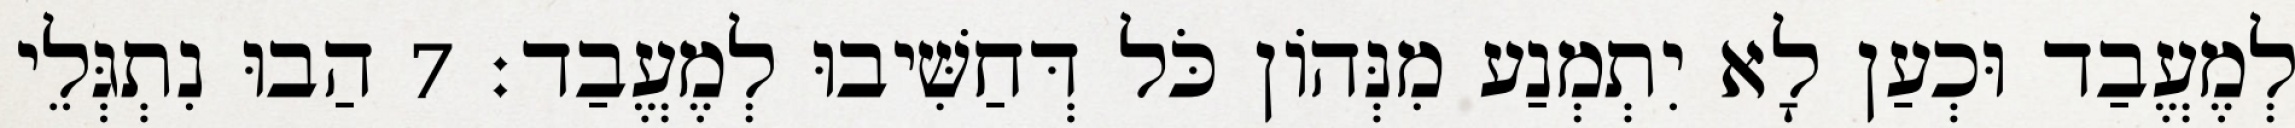
לְמֶעֱבַד וּכְעַן לָא יִתְמְנַע מִנְּהוֹן כֹּל דְּחַשִּׁיבוּ לְמֶעֱבַד׃ 7 הַבוּ נִתְגְּלֵי